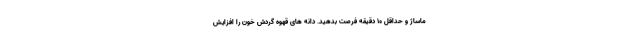
ماساژ و حداقل 10 دقیقه فرصت بدهید. دانه های قهوه گردش خون را افزایش